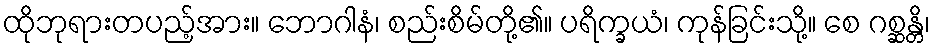
ထိုဘုရားတပည့်အား။ ဘောဂါနံ၊ စည်းစိမ်တို့၏။ ပရိက္ခယံ၊ ကုန်ခြင်းသို့။ စေ ဂစ္ဆန္တိ၊